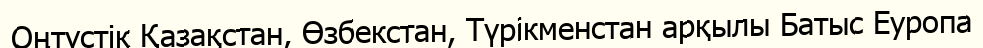
Оңтүстік Қазақстан, Өзбекстан, Түрікменстан арқылы Батыс Еуропа